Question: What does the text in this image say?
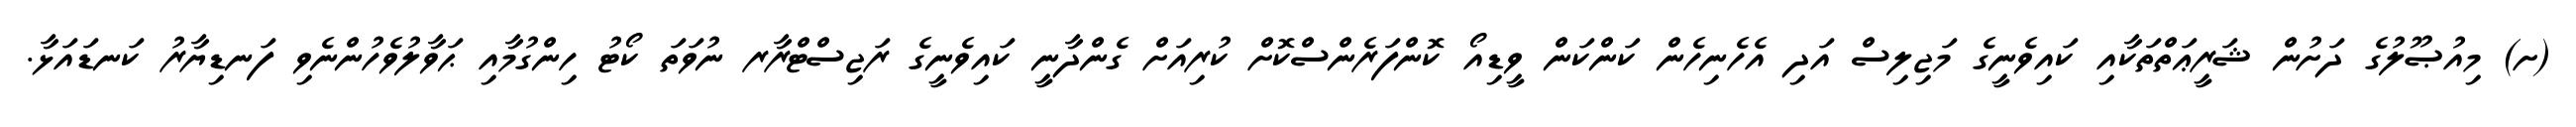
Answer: (ށ) މިއުޞޫލުގެ ދަށުން ޝަރީޢަތްތަކާއި ކައިވެނީގެ މަޖިލިސް އަދި އެހެނިހެން ކަންކަން ވީޑިއޯ ކޮންފަރެންސްކޮށް ކުރިއަށް ގެންދާނީ ކައިވެނީގެ ރަޖިސްޓްރާރ ނުވަތަ ކޯޓު ހިންގުމާއި ޙަވާލުވެހުންނެވި ފަނޑިޔާރު ކަނޑައަޅާ.